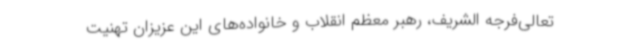
تعالی‌فرجه الشریف، رهبر معظم انقلاب و خانواده‌های این عزیزان تهنیت